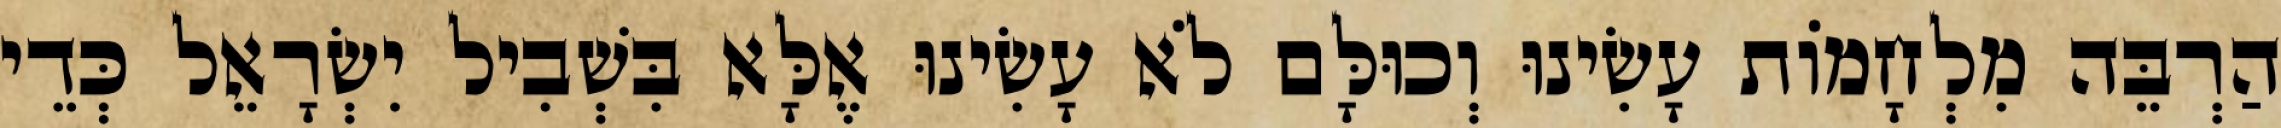
הַרְבֵּה מִלְחָמוֹת עָשִׂינוּ וְכוּלָּם לֹא עָשִׂינוּ אֶלָּא בִּשְׁבִיל יִשְׂרָאֵל כְּדֵי